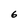
Character: 6